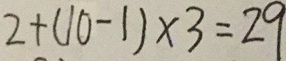
2 + ( 1 0 - 1 ) \times 3 = 2 9